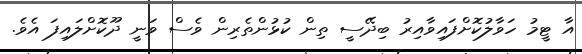
އާ ޓީމު ހަވާލުކޮށްފައިވާއިރު ބިދޭސީ ތިން ކުޅުންތެރިން ވެސް ވަނީ ދޫކޮށްލައިފަ އެވެ.